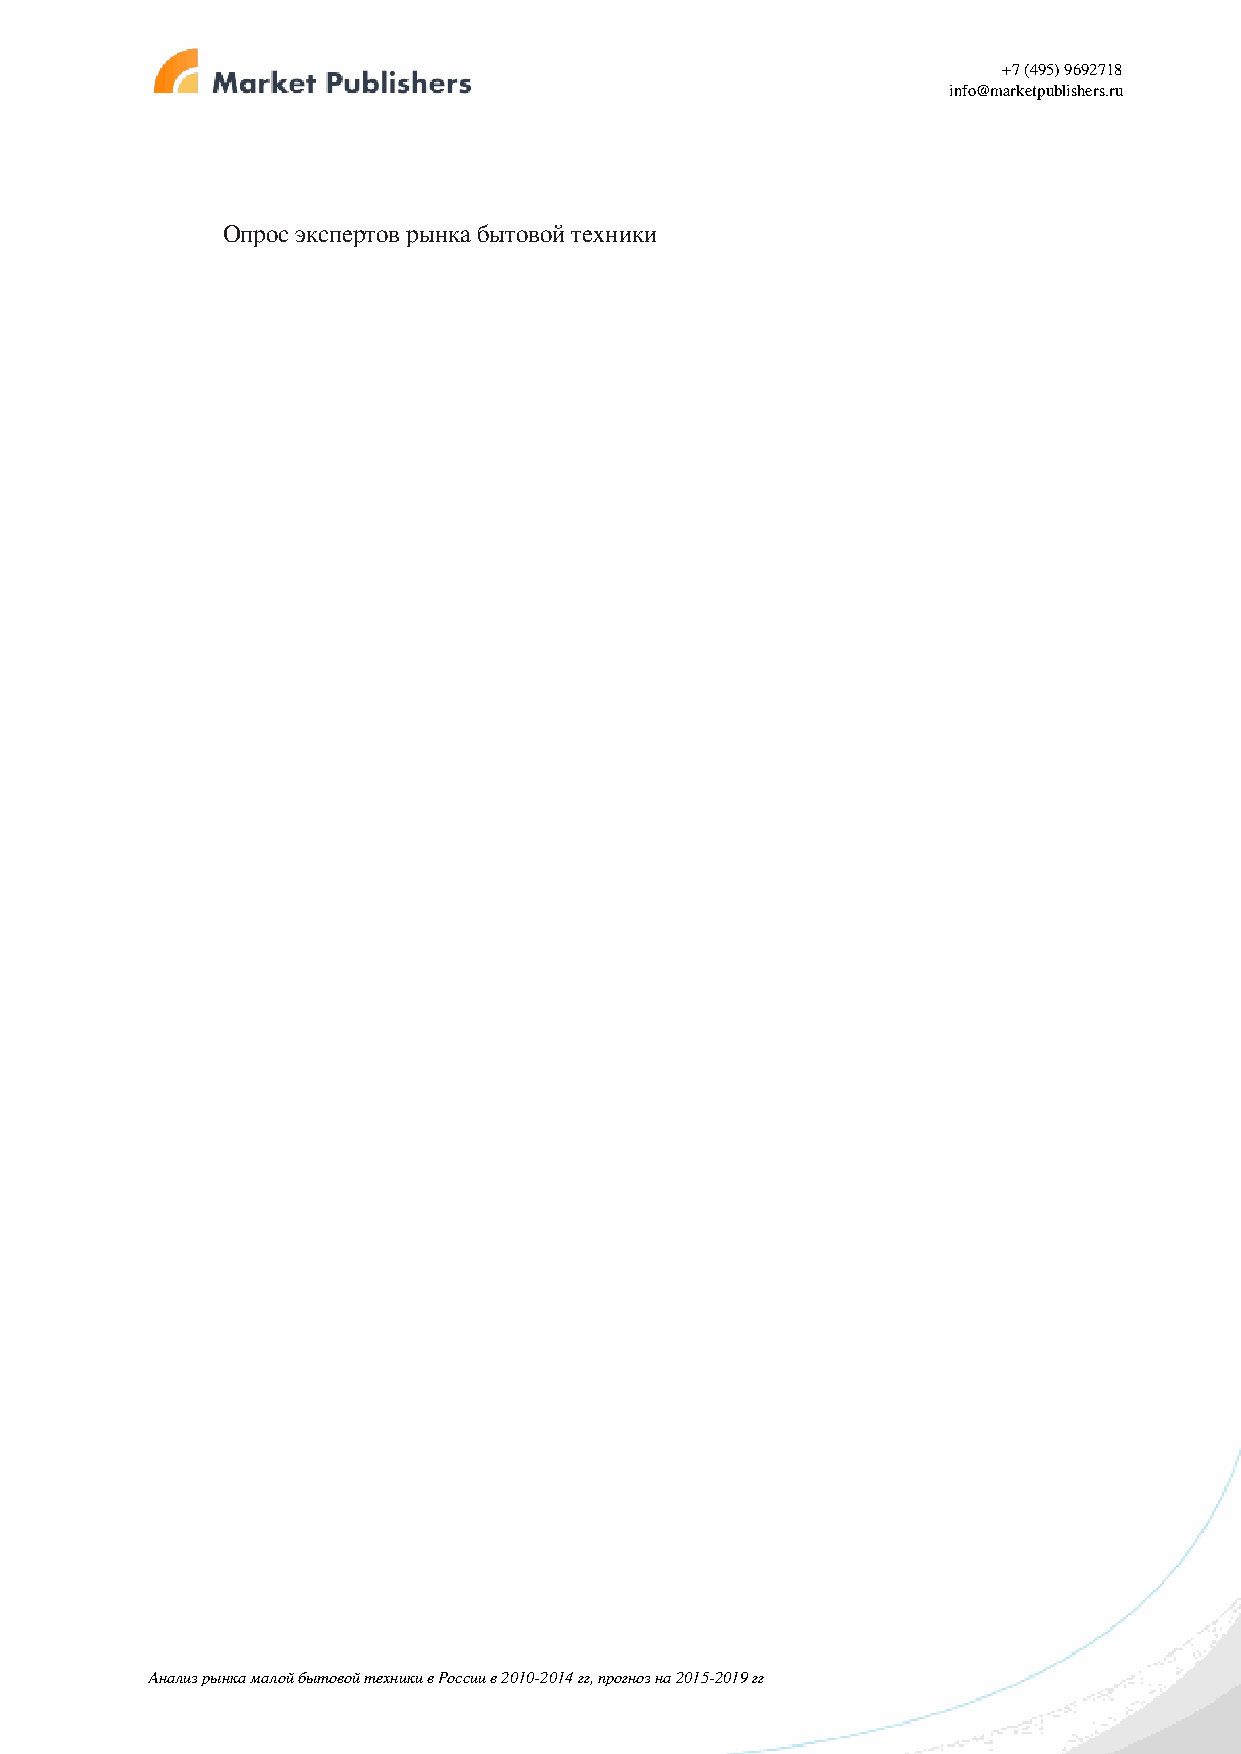
+7 (495) 9692718
 info@marketpublishers.ru
 Опрос экспертов рынка бытовой техники
 Анализ рынка малой бытовой техники в России в 2010-2014 гг, прогноз на 2015-2019 гг